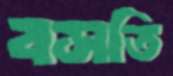
বসতি